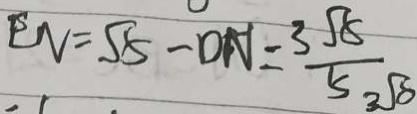
E N = \sqrt { 5 } - D N = \frac { 3 \sqrt { 8 } } { 5 }